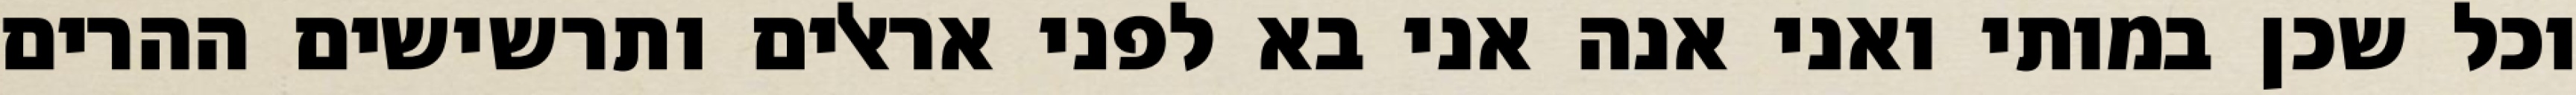
וכל שכן במותי ואני אנה אני בא לפני אראלים ותרשישים ההרים